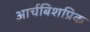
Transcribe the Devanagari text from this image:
आर्चबिशप्रिक